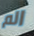
الم